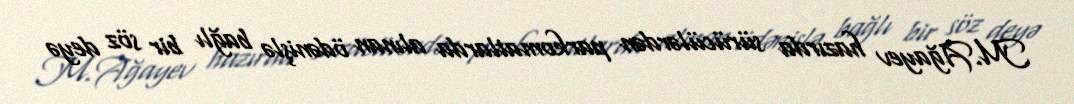
M.Ağayev hazırda sürücülərdən parkomatlarda alınan ödənişlə bağlı bir söz deyə